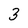
Character: 3